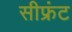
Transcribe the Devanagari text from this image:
सीफ्रंट